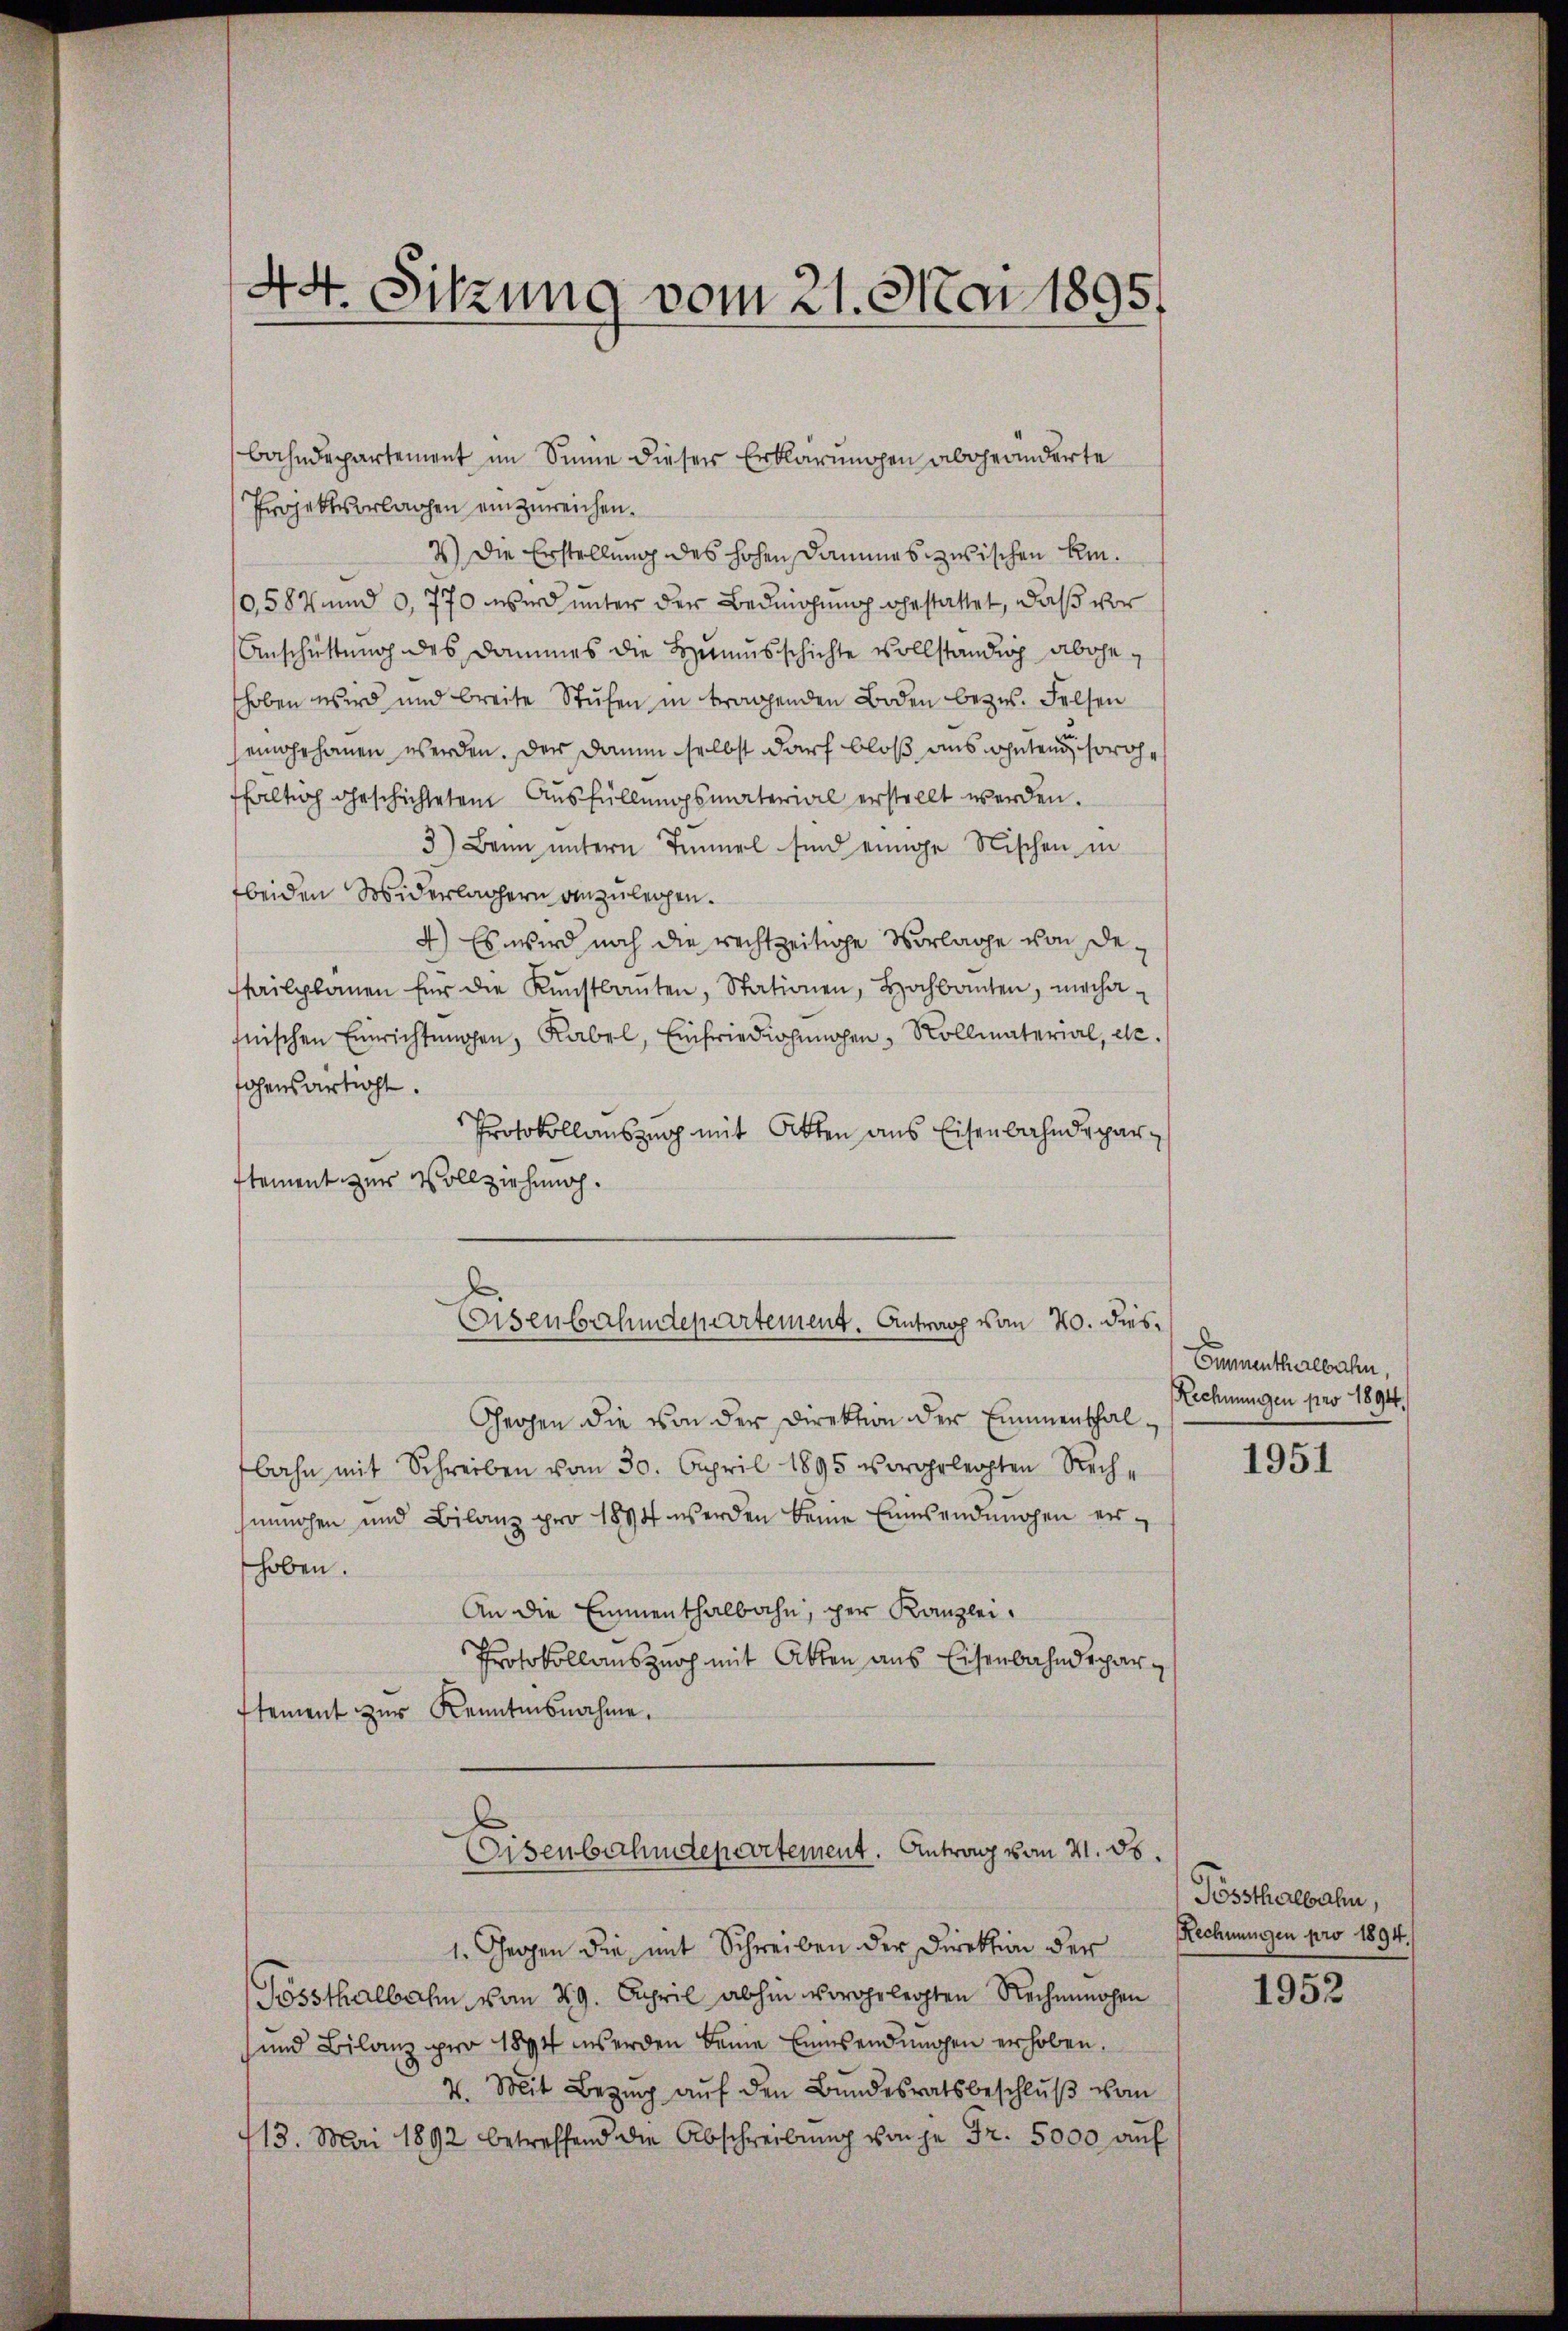
44. Sitzung vom 21. Mai 1895.

Bahndepartement im Sinne dieser Erklärungen abgeänderte
Projektverlachen einzureichen.
2) Die Erstellung des hohen Dammes zwischen kin¬
0,587 und 9,770 wird unter der Bedingung gestattet, daß vor
Anschüttung des Dammes die Hausschichte vollständig abgehoben wird und breite Stufen in tragenden Boden bezw. Felsen
eingehanen werden. Der Dann selbst darf bloß aus wohnten sorohe
faltig geschichtetem Ausfüllungsmaterial erstellt werden.
3) Beim untern Tinel sind einige Nischen in
beiden Widerlagern anzulegen.
4.) Es wird noch die rechtzeitige Vorlage von Detailplanen für die Kŭnstbaŭten, Stationen, Hochbauten, mecha-
hnischen Einrichtŭngen, Rabel, Einfriedigungen, Kollmaterial, etc.
fohensartigt.
Protokollauszug mit Akten aus Eisenbahndeparstement zur Vollziehung.
Eisenbahndepartement. Antrag vom 20. dies¬
Ghergen die von der Direktion der Eimenthalbahn mit Schreiben vom 30. April 1895 vorgelegten Reche
unnohen und Bilanz pro 1884 werden keine Einsendungen erhoben.
An die Emmenthalbahn, per Kanzlei¬
Protokollauszuoch mit Akten aus Eisenbahndeparstement zur Kenntnisnahme.
Eisenbahndepartement. Antrag vom 21. ds.
1. Gegen die mit Schreiben der Direktion der
Tossthalbahn vom 29. April abhin vorgelegten Rechnunohen
und Bilanz pro 1894 werden keine Einsendungen erhoben.
4. Mit Bezug auf den Bundesratsbeschluß vom
13. Mai 1892 betreffend die Abschreibŭng von je Fr. 5000 aŭf

Cunnenthalbahn,
Rechnungen pro 1894.

1951

Pössthalbahn,
Rechnungen pro 1894.

1952